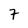
Character: 7